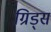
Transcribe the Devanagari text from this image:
ग्रिड्स